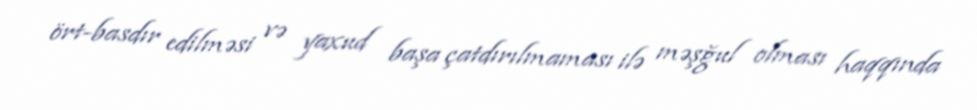
ört-basdır edilməsi və yaxud başa çatdırılmaması ilə məşğul olması haqqında